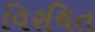
વિરચિત